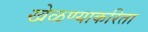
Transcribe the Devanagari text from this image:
खेळण्याकरिता